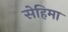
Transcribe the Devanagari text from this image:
सेहिमा